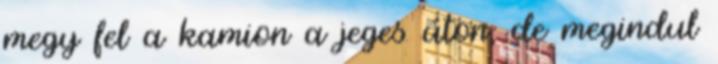
megy fel a kamion a jeges úton, de megindul